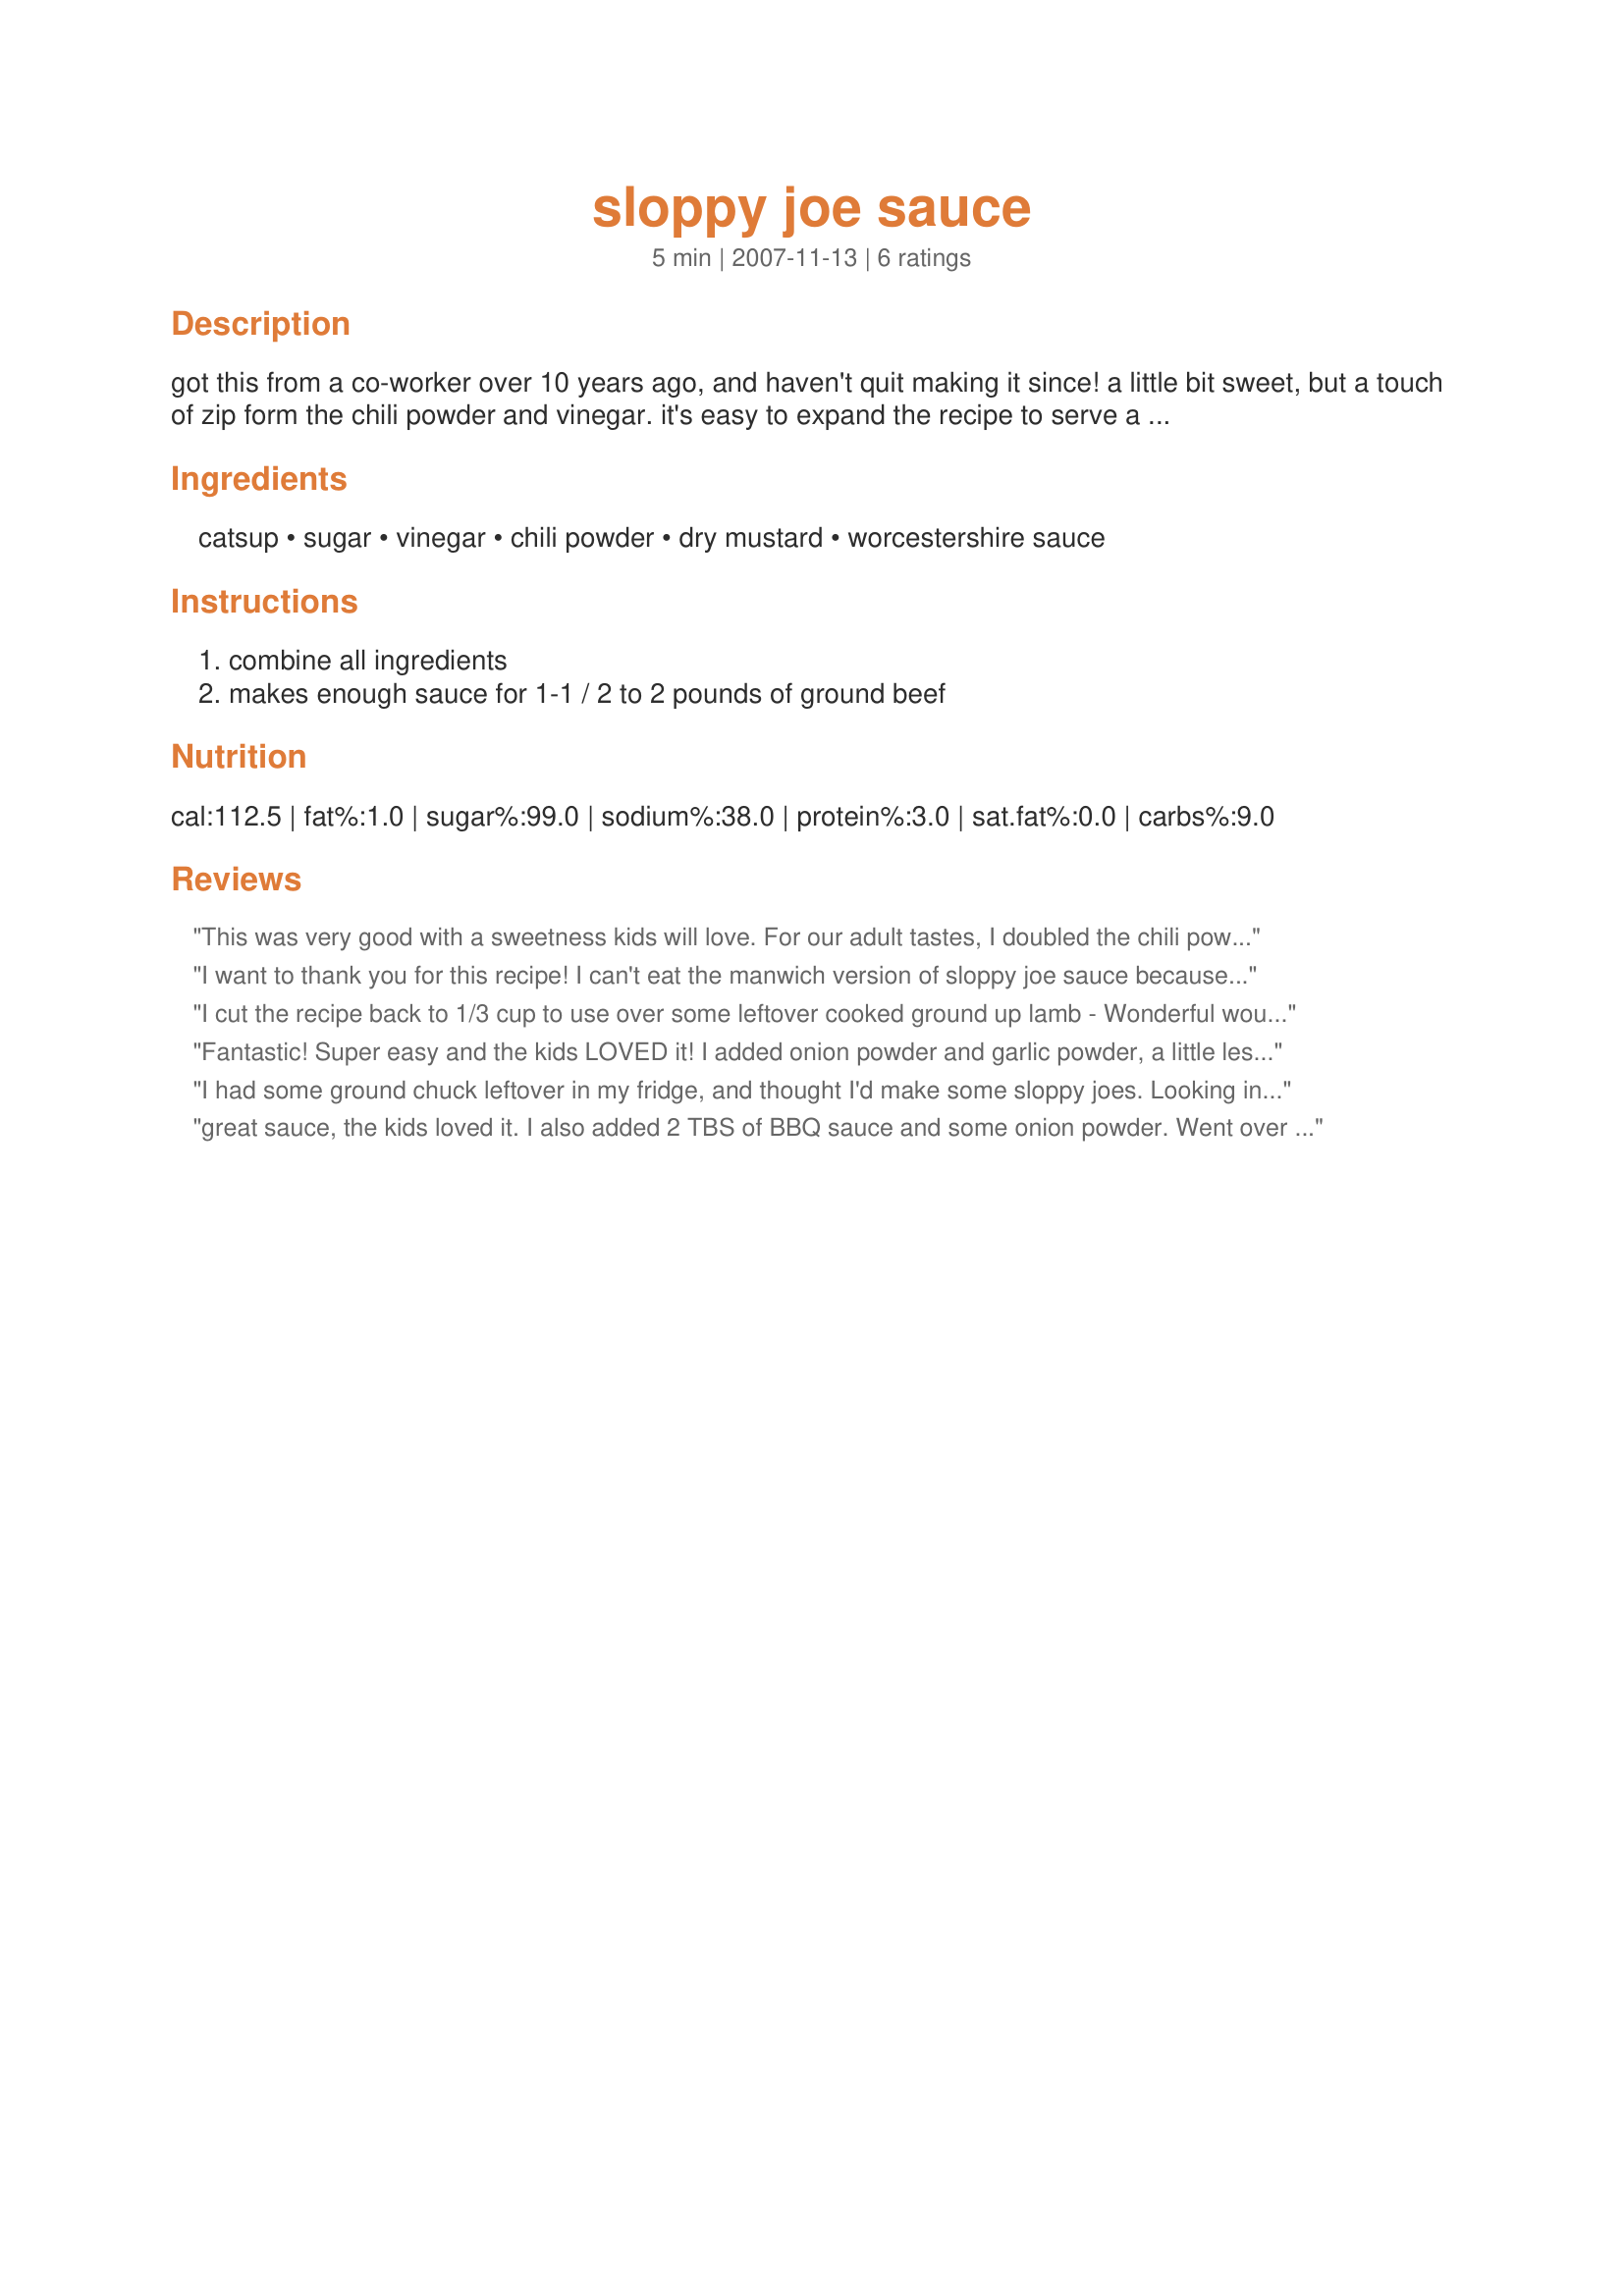
sloppy joe sauce
Preparation time: 5 minutes

got this from a co-worker over 10 years ago, and haven't quit making it since! a little bit sweet, but a touch of zip form the chili powder and vinegar. it's easy to expand the recipe to serve a crowd, too.

Ingredients:
catsup, sugar, vinegar, chili powder, dry mustard, worcestershire sauce

Steps:
combine all ingredients, makes enough sauce for 1-1 / 2 to 2 pounds of ground beef

Reviews:
This was very good with a sweetness kids will love. For our adult tastes, I doubled the chili powder. This is so easy and better than the canned stuff!
I want to thank you for this recipe! I can't eat the manwich version of sloppy joe sauce because I have a wheat allergy and the canned version contains wheat (maltrodextrin)...this tasted exactly like it! thank you!
I cut the recipe back to 1/3 cup to use over some leftover cooked ground up lamb - Wonderful would describe it. I used Balsmic vinegar
Made a leftover taste as good almost better than the original recipe. Simple easy recipe using ingredients readily on hand
Fantastic! Super easy and the kids LOVED it! I added onion powder and garlic powder, a little less sugar and it was perfect! I think this is one of the best and economical recipes I have ever used and WAY better than the canned stuff and just as easy!
I had some ground chuck leftover in my fridge, and thought I'd make some sloppy joes. Looking in the cupboards for some canned stuff and found none. First search was recipezaar, and found your recipe, I happened to have all of these ingredients. I did add a small onion, diced, and it turned out delicious. This is much better than the stuff in a can, and ALOT cheaper. Thanks for posting this very simple recipe!!
great sauce, the kids loved it. I also added 2 TBS of BBQ sauce and some onion powder. Went over great!!!!!!!!!! Very easy to make and simple to remember for next time!
